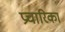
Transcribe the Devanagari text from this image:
प्रचारिका